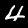
Digit: 4